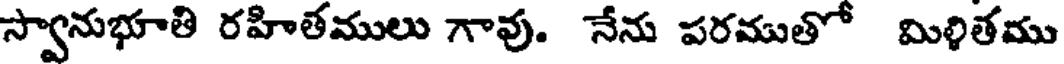
స్వానుభూతి రహితములు గావు. నేను పరముతో మిళితము